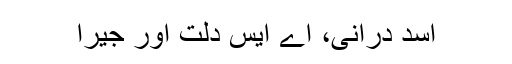
اسد درانی، اے ایس دُلت اور جیرا